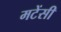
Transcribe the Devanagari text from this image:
मटेंसी